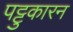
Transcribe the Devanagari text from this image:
पट्टुकारन